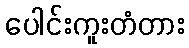
ပေါင်းကူးတံတား